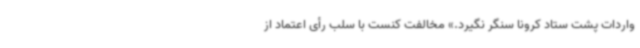
واردات پشت ستاد کرونا سنگر نگیرد.» مخالفت کنست با سلب رأی اعتماد از